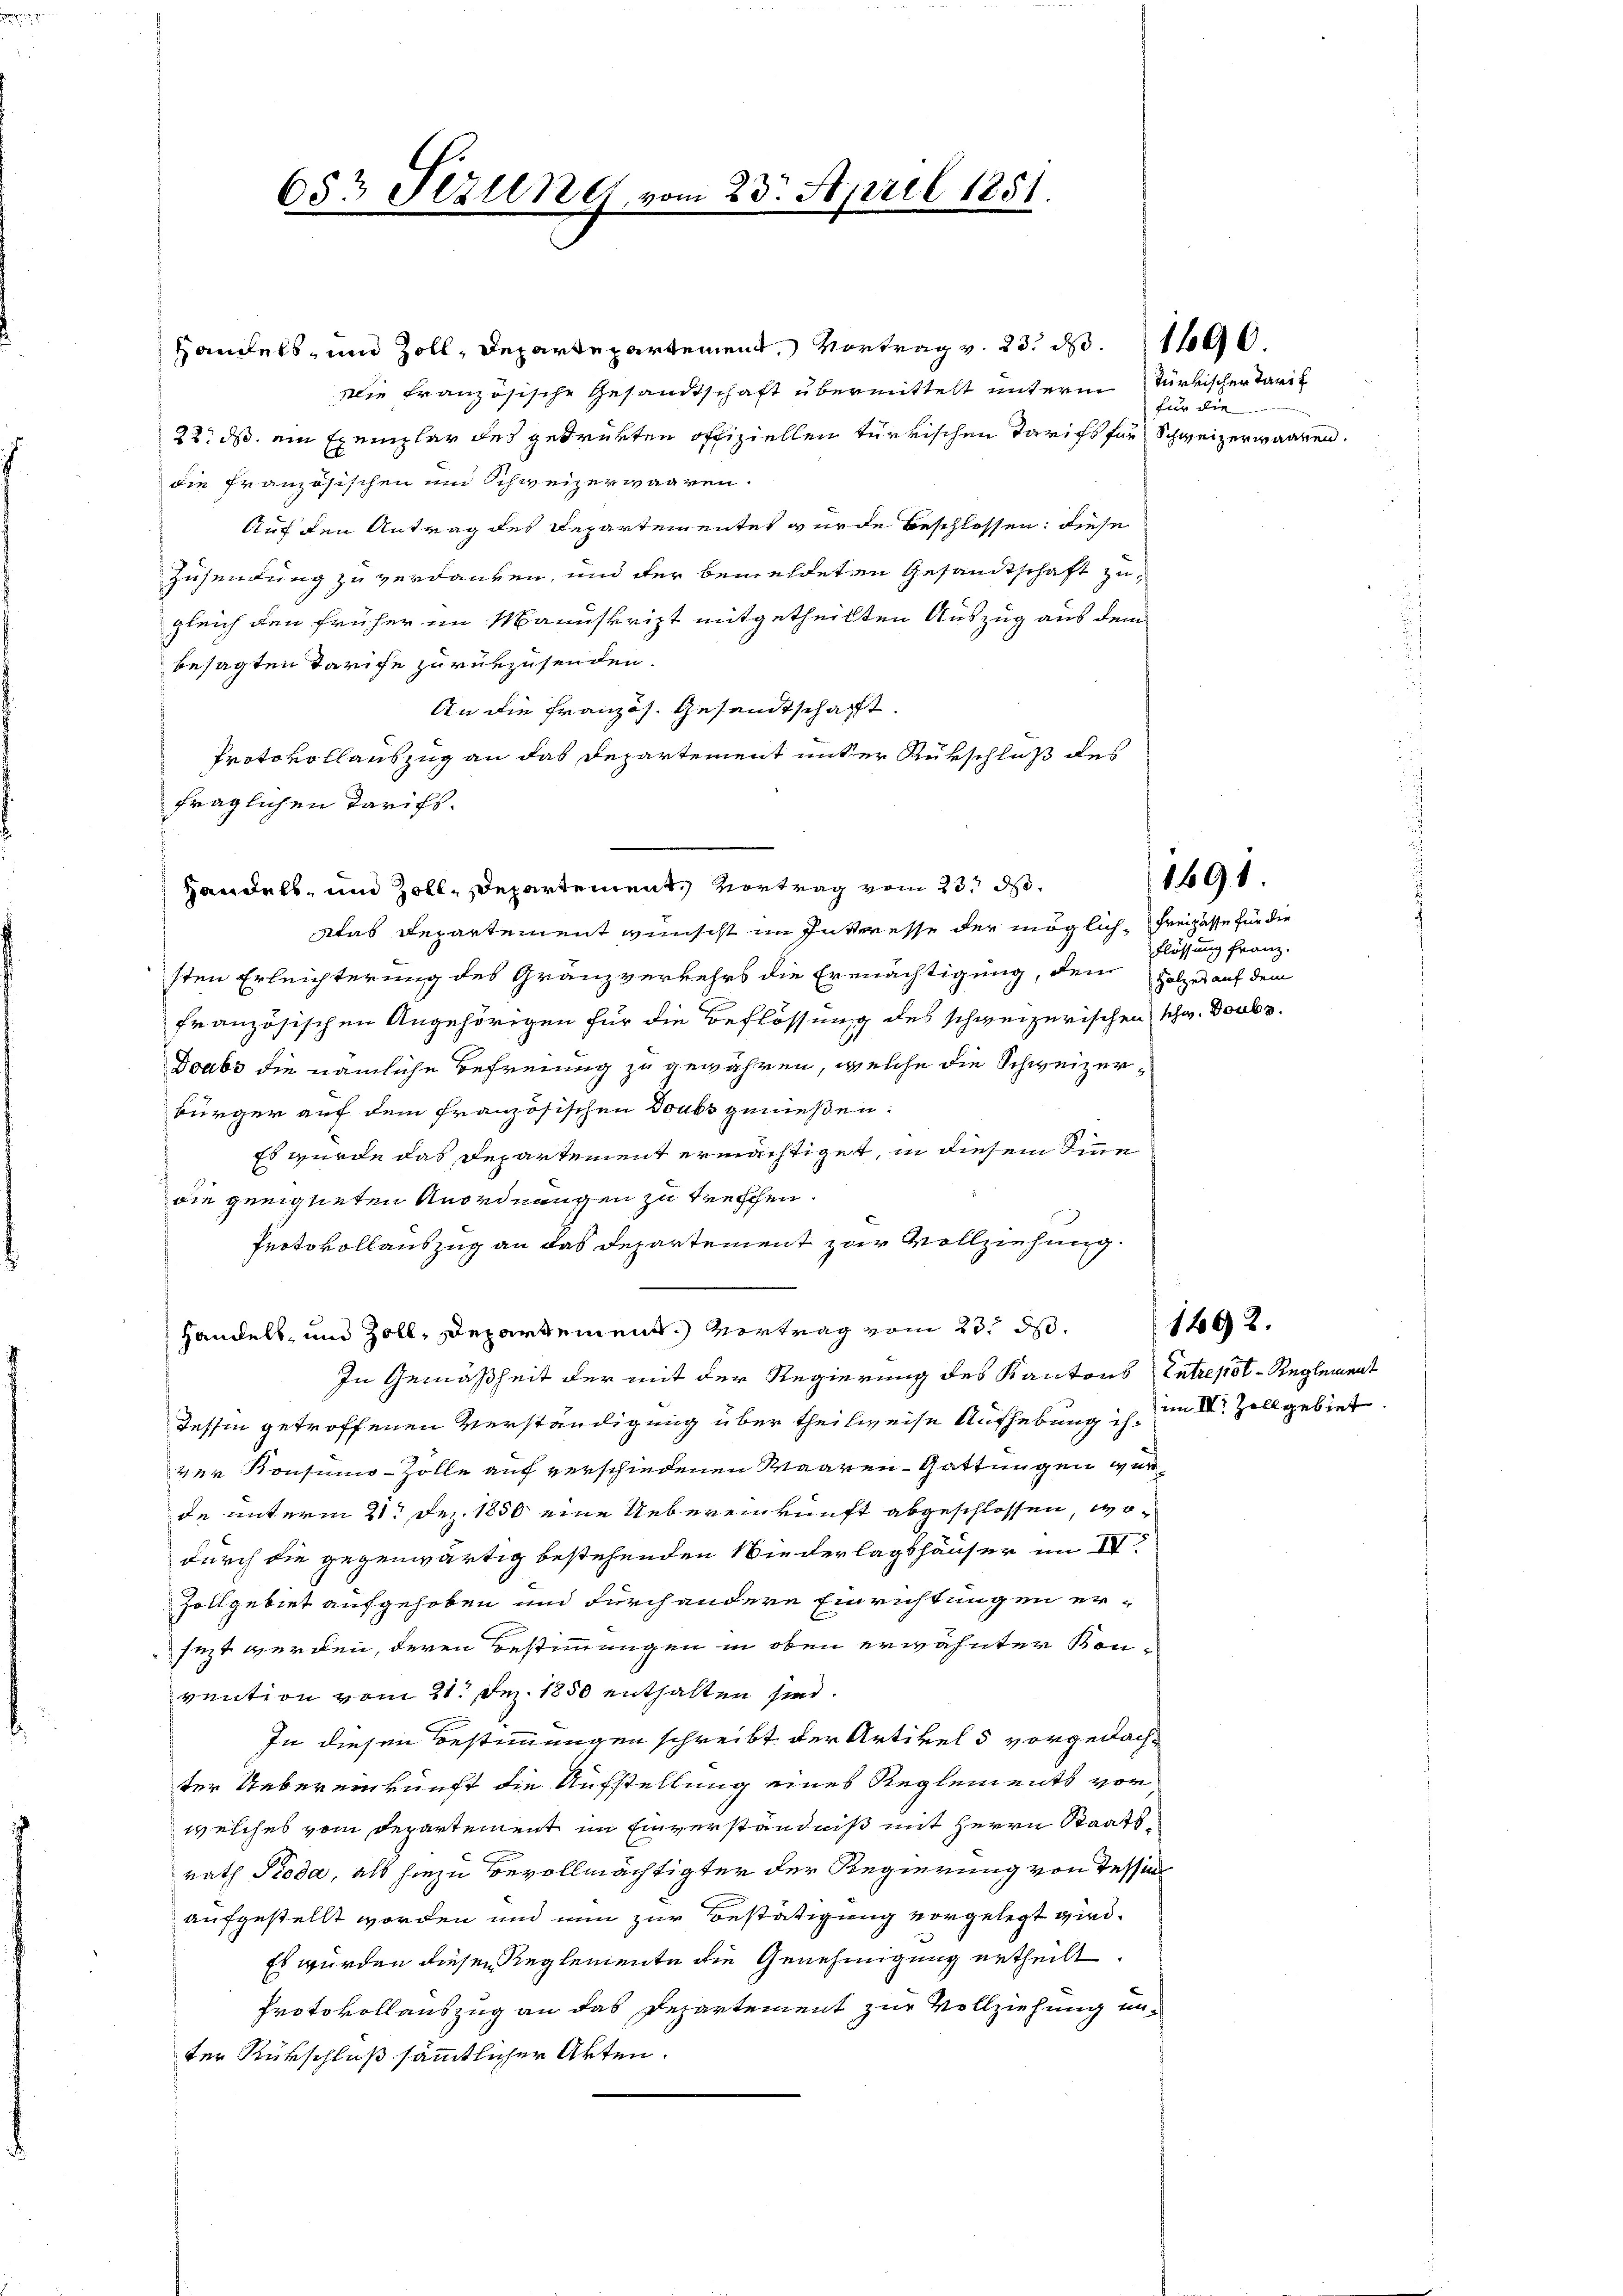
653 Sitzung vom 23. April 1851.

Handels- und Zoll, Departepartement, Vortrag v. 23. d. 1690.
Die französische Gesandtschaft übermittelt unterm Türkischertanik
22. ds. ein Exemplar des gedrükten offiziellen türkischen Tarifs für Schweizerwaaren.
die französischen und Schweizerwaaren.
Auf den Antrag des Departementet wurde beschlossen, diese
Zusendung zu verdanken, und der bemeldeten Gesandtschaft zugleich den früher im Manuskript mitgetheilten Auszug aus dem
besagten Tarife zurükzusenden.
An die Französ. Gesandtschafft.
Protokollauszug an das Departement unter Rükschluß des
fraglichen Tarifs.
Was Departement wünscht im Interesse der möglich-Freihasse für die
sten Erleichterung des Granzverkehrs die Ermächtigung, dem Holzes auf dem
französischen Angehörigen für die Beflossung des schweizerischen Schw. Doubs
Doubs die nämliche Befreiung zu gewähren, welche die Schweizerbürger auf dem französischen Doubs genießen:
Es wurde das Departement ermächtiget, in diesem Inne
die geeigneten Anordnungen zu treffen.
Protokollauszug an das Departement zur Vollziehung
Handels- und Zoll, Departement. Vertrag vom 23. ds.
In Gemäßheit der mit der Regierung des Kantons Entrepot-Reglement
Tessin getroffenen Verständigung über theilweise Aufhebung ich im Dr. Zoll gebiet.
ver Konsumo-Zölle auf verschiedenen Waaren-Gattungen wurde unterm 21. Dez. 1850 eine Uebereinkunft abgeschlossen, wodurch die gegenwärtig bestehenden Wiederlagshäuser im IV.
Zollgebiet aufgehoben und durch andere Einrichtungen ersezt werden, deren Bestimmungen in oben erwähnter Kon-
vention vom 21. Dez. 1850 enthalten sind.
In diesen Bestimmungen schreibt der Artikel 5 vorgedachter Uebereinkunft die Aufstellung eines Reglements vor
welches vom Departement im Einverständniß mit Herrn Staatsrath Pioda, als hiezu Bevollmächtigter der Regierung von Tessin
aufgestellt worden und nun zur Bestätigung vorgelegt wird.
Es wurden diesen Reglemente die Genehmigung ertheilt.
Protokollauszug an das Departement zur Vollziehung unter Rückschluß sämmtlicher Akten.

Handels- und Zoll, Departement, Vortrag vom 23. d.

für die

Flössung franz.

1691.

1402.